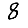
Digit: 8